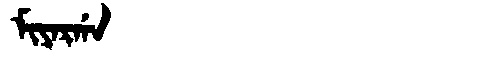
Manchu: ᠮᡳᠶᠠᡵᡤᠠ
Romanization: MIYARGA